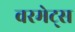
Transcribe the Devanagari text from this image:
वरमेट्स